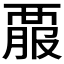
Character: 𧟱